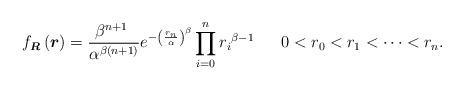
LaTeX: \begin{align*}f_{\boldsymbol{R}}\left(\boldsymbol r\right)=\frac{{\beta }^{n+1\ }}{{\alpha }^{\beta (n+1)}}e^{-{\left(\frac{r_n}{\alpha}\right)}^\beta}\prod^n_{i=0}{{r_i}^{\beta-1}}\ \ \ \ \ 0<r_0<r_1<\dots <r_n.\end{align*}